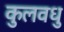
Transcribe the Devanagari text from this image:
कुलवधु